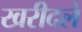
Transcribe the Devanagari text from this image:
खरीदले